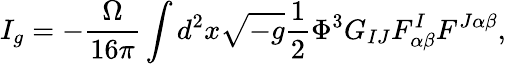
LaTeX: I_{g}=-\frac{\Omega}{16\pi}\int d^{2}x\sqrt{-g}\frac{1}{2}\Phi^{3}G_{IJ}F_{\alpha\beta}^{I}F^{J\alpha\beta},